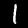
Label: 1